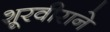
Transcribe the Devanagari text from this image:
शूरवीराने